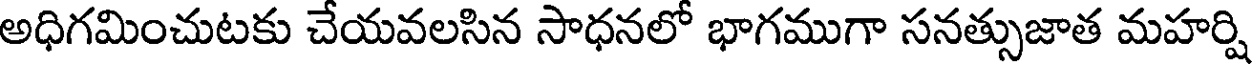
అధిగమించుటకు చేయవలసిన సాధనలో భాగముగా సనత్సుజాత మహర్షి